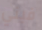
فيني